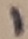
Text: 1